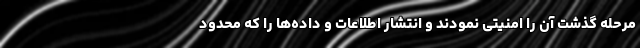
مرحله گذشت آن را امنیتی نمودند و انتشار اطلاعات و داده‌ها را که محدود